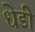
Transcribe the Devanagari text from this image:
धेडी